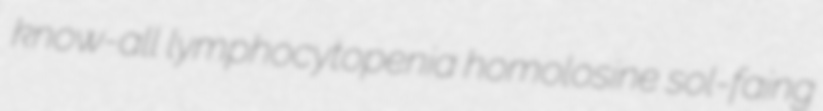
know-all lymphocytopenia homolosine sol-faing